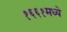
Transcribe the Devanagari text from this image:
१६६१मध्ये